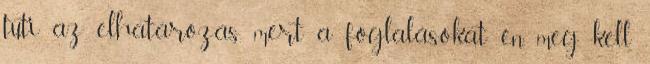
tuti az elhatározás, mert a foglalásokat én meg kell